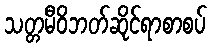
သတ္တမီဝိဘတ်ဆိုင်ရာစာစပ်